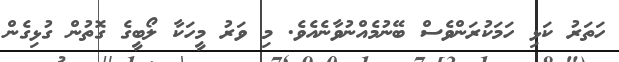
ހަތަރު ކަޅި ހަމަކުރަންވެސް ބޭނުމެއްނުވާނެއެވެ. މި ވަރު މީހަކާ ލޯބީގެ ގޮތުން ގުޅިގެން